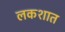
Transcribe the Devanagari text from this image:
लकशात